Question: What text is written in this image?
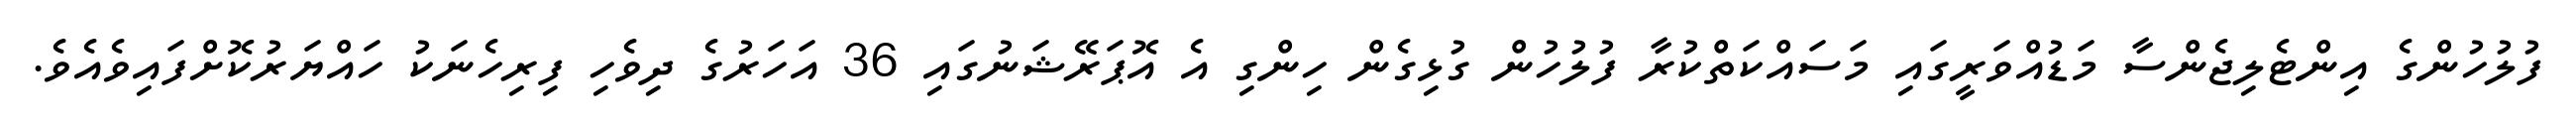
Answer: ފުލުހުންގެ އިންޓެލިޖެންސާ މަޑުއްވަރީގައި މަސައްކަތްކުރާ ފުލުހުން ގުޅިގެން ހިންގި އެ އޮޕަރޭޝަނުގައި 36 އަހަރުގެ ދިވެހި ފިރިހެނަކު ހައްޔަރުކޮށްފައިވެއެވެ.